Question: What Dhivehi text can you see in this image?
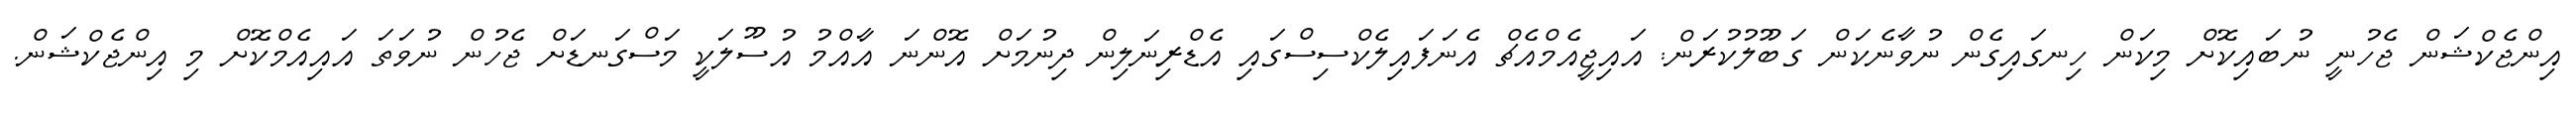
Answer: އިންޖެކްޝަން ޖެހުނީ ނުބައިކޮށް މިކަން ހިނގައިގެން ނުވާނެކަން ގަބޫލުކުރަން: އައިޖީއެމްއެޗް އެނަފައިލެކްސިސްގައި އެޑްރިނަލިން ދިނުމަށް އޮންނަ އާއްމު އުސޫލަކީ މަސްގަނޑަށް ޖެހުން ނުވަތަ އައިއެމްކޮށް މި އިންޖެކްޝަން.